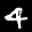
Label: 4